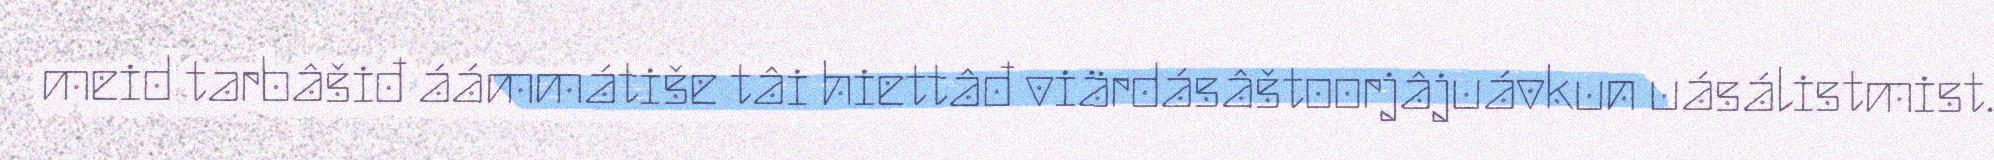
meid tarbâšiđ áámmátiše tâi hiettâđ viärdásâštoorjâjuávkun uásálistmist.